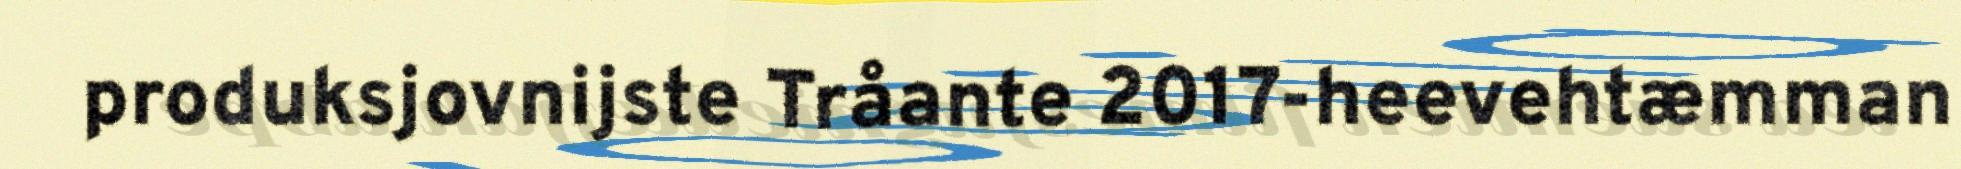
produksjovnijste Tråante 2017-heevehtæmman